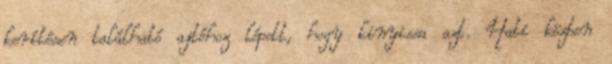
kerítésen található ajtóhoz lépett, hogy kinyissa azt. Hati közben